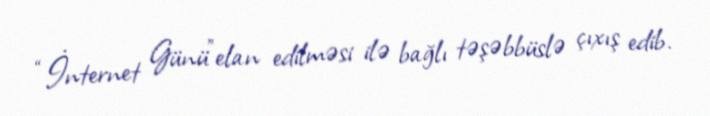
“İnternet Günü”elan edilməsi ilə bağlı təşəbbüslə çıxış edib.